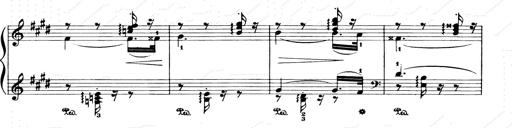
Title: Consolations and LiebestrÃ¤ume for the Piano
Composer: Franz Liszt